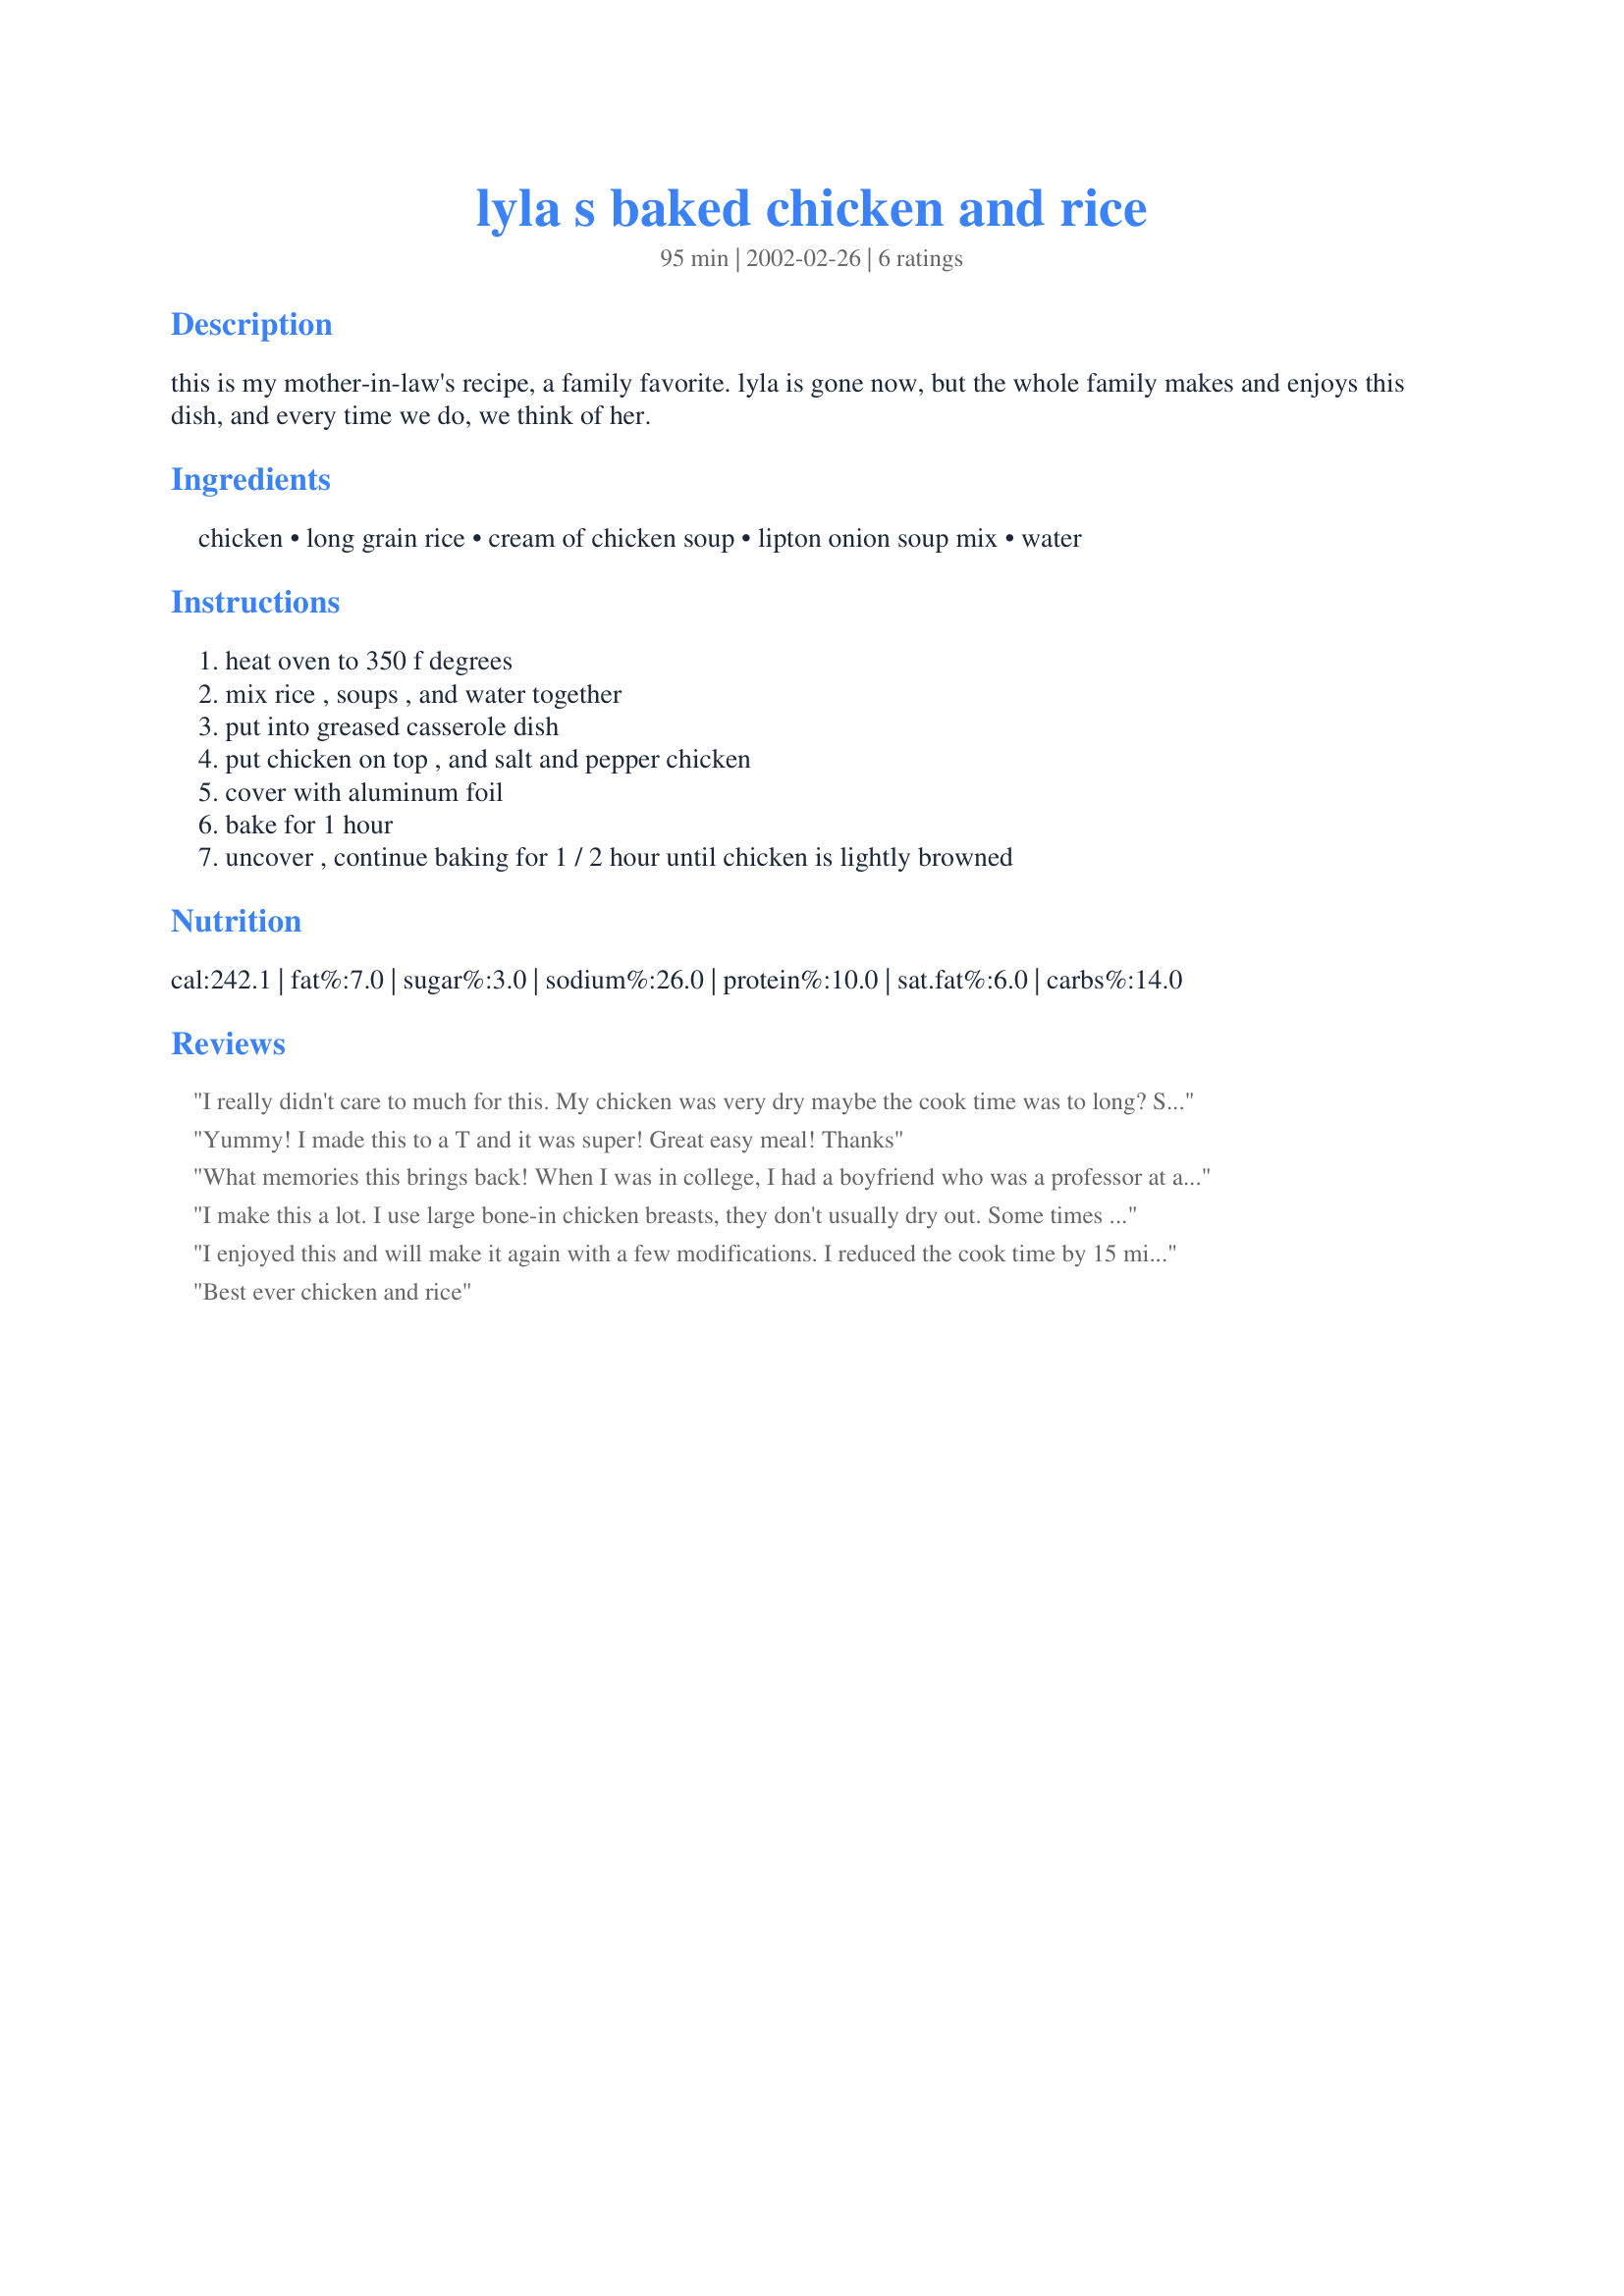
lyla s baked chicken and rice
Preparation time: 95 minutes

this is my mother-in-law's recipe, a family favorite. lyla is gone now, but the whole family makes and enjoys this dish, and every time we do, we think of her.

Ingredients:
chicken, long grain rice, cream of chicken soup, lipton onion soup mix, water

Steps:
heat oven to 350 f degrees, mix rice , soups , and water together, put into greased casserole dish, put chicken on top , and salt and pepper chicken, cover with aluminum foil, bake for 1 hour, uncover , continue baking for 1 / 2 hour until chicken is lightly browned

Reviews:
I really didn't care to much for this. My chicken was very dry maybe the cook time was to long? Sorry but this recipe wasn't the best my family has tried...
Yummy! I made this to a T and it was super! Great easy meal! Thanks
What memories this brings back! When I was in college, I had a boyfriend who was a professor at a different college. He decided that we needed to hold a dinner party to return the dinner parties we had been invited to, in addition to thanking his friends for helping with the work required to install a pool at his house. This was the recipe we used, except that we used brown rice and added two small cans of sliced mushrooms, and only cooked for a total of 45 minutes covered and about 20 minutes uncovered. The food was great -- the dinner party was a disaster for other reasons, but everyone was very nice about it all, thanks to this dish!
I make this a lot. I use large bone-in chicken breasts, they don't usually dry out. Some times I make this without the onion soup mix and substitute chopped broccoli and cheese.
I enjoyed this and will make it again with a few modifications. I reduced the cook time by 15 minutes but the chicken was still a little dry. It also had a very strong onion taste so I will add more cream of chicken soup next time to add more moisture and lessen the onion taste.

Thanks so much for sharing this recipe - I am glad I tried it.
Best ever chicken and rice
